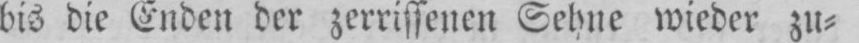
bis die Enden der zerrissenen Sehne wieder zu⸗